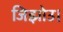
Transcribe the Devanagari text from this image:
जिझोउ।